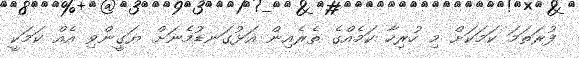
ފުރަތަމަ ކަމަކަށް މި ހުރިހާ ކަމެއްގެ ތެރެއިން އަޅުގަނޑުމެނަށް ޔަގީންވި އެއް ކަމަކީ